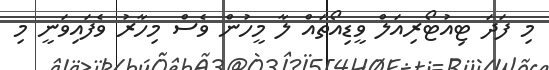
މި ފަދަ ޓިއުޓޯރިއަލް ވީޑިއޯތައް ލާ މީހުން ވެސް މިހާރު ވެފައިވަނީ މި